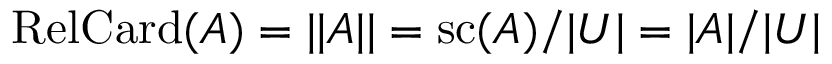
\operatorname { R e l C a r d } ( A ) = | | A | | = \operatorname { s c } ( A ) / | U | = | A | / | U |